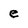
Character: e